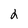
Character: 2